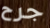
جرح